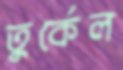
তুর্কেল